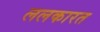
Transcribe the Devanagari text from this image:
ललकारत